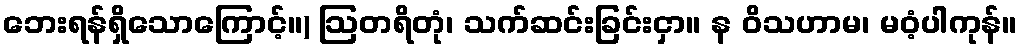
ဘေးရန်ရှိသောကြောင့်။) ဩတရိတုံ၊ သက်ဆင်းခြင်းငှာ။ န ဝိသဟာမ၊ မဝံ့ပါကုန်။